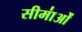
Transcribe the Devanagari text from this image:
सीमा॑ओं